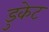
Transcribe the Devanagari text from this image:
डुकेट